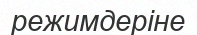
режимдеріне